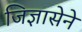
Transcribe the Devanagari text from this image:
जिज्ञासेने